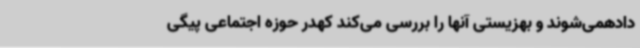
دادهمی‌شوند و بهزیستی آنها را بررسی می‌کند کهدر حوزه اجتماعی پیگی